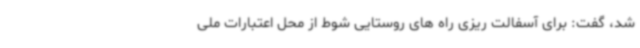
شد، گفت: برای آسفالت ریزی راه های روستایی شوط از محل اعتبارات ملی